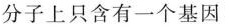
分子上只含有一个基因